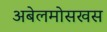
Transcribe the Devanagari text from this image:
अबेलमोसखस